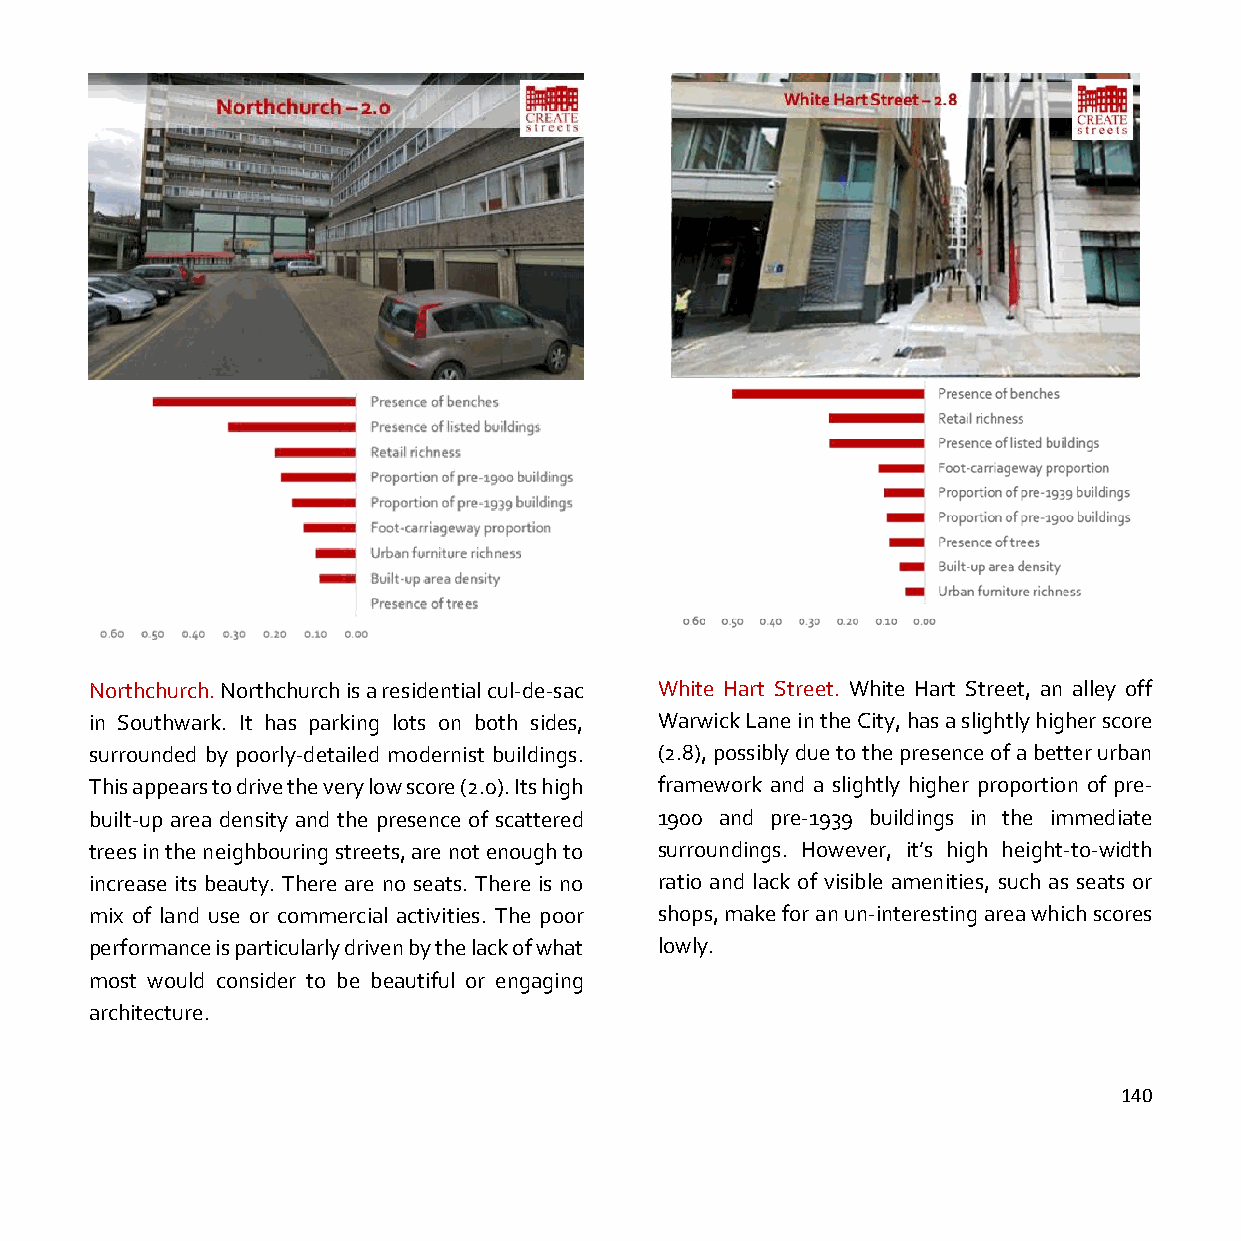
Northchurch. Northchurch is a residential cul-de-sac White Hart Street. White Hart Street, an alley off
 in Southwark. It has parking lots on both sides, Warwick Lane in the City, has a slightly higher score
 surrounded by poorly-detailed modernist buildings. (2.8), possibly due to the presence of a better urban
 This appears to drive the very low score (2.0). Its high framework and a slightly higher proportion of pre-
 built-up area density and the presence of scattered 1900 and pre-1939 buildings in the immediate
 trees in the neighbouring streets, are not enough to surroundings. However, it’s high height-to-width
 increase its beauty. There are no seats. There is no ratio and lack of visible amenities, such as seats or
 mix of land use or commercial activities. The poor shops, make for an un-interesting area which scores
 performance is particularly driven by the lack of what lowly.
 most would consider to be beautiful or engaging
 architecture.
 140